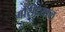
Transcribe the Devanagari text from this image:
गौरीदयाल